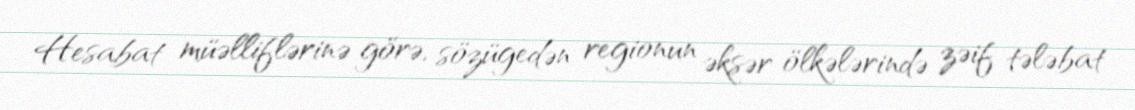
Hesabat müəlliflərinə görə, sözügedən regionun əksər ölkələrində zəif tələbat